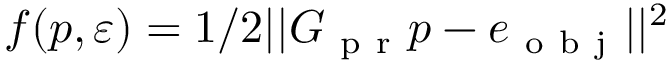
f ( p , \varepsilon ) = 1 / 2 | | G _ { \mathrm { ~ p ~ r ~ } } p - e _ { \mathrm { ~ o ~ b ~ j ~ } } | | ^ { 2 }